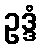
ဥဒ္ဒံ